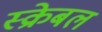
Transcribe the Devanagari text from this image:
स्क्रेबल